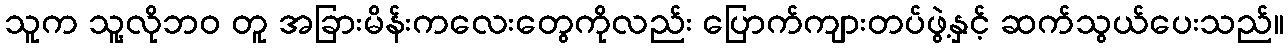
သူက သူ့လိုဘဝ တူ အခြားမိန်းကလေးတွေကိုလည်း ပြောက်ကျားတပ်ဖွဲ့နှင့် ဆက်သွယ်ပေးသည်။